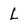
Character: L